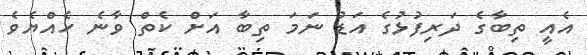
އެއީ ތިބާގެ ދަރިފުޅުގެ އަޑު ނަމަ ތިބާ އަށް ކެތް ވާނެ ހެއްޔެވެ